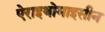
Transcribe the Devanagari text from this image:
ऐराइथोमाइसीन